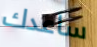
ساعدك